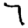
Digit: 7